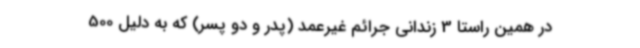
در همین راستا 3 زندانی جرائم غیرعمد (پدر و دو پسر) که به دلیل 500